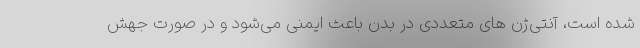
شده است، آنتی‌ژن های متعددی در بدن باعث ایمنی می‌شود و در صورت جهش